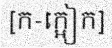
[ក-ក្អៀក]